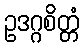
ဥဒဂ္ဂစိတ္တံ